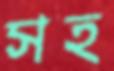
সহ